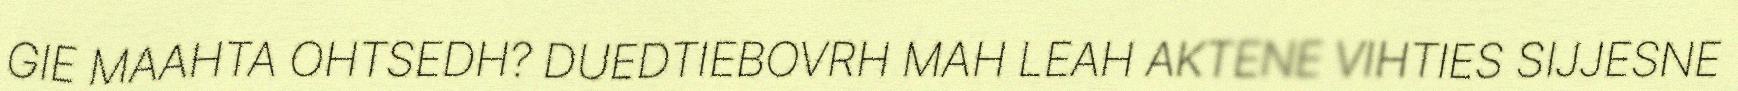
GIE MAAHTA OHTSEDH? DUEDTIEBOVRH MAH LEAH AKTENE VIHTIES SIJJESNE